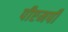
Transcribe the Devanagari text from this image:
पीएमपी